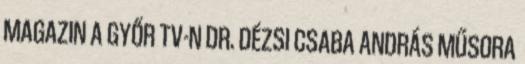
MAGAZIN A GYŐR TV-N DR. DÉZSI CSABA ANDRÁS MŰSORA